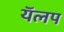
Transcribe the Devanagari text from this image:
यॅलप